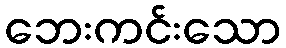
ဘေးကင်းသော